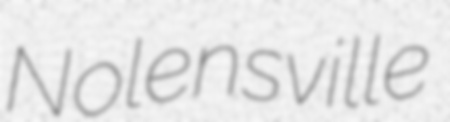
Nolensville